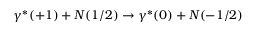
\gamma ^ { * } ( + 1 ) + N ( 1 / 2 ) \rightarrow \gamma ^ { * } ( 0 ) + N ( - 1 / 2 )